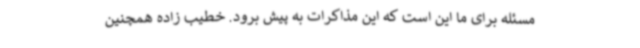
مسئله برای ما این است که این مذاکرات به پیش برود. خطیب زاده همچنین